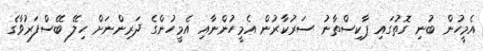
އެމީހުން ބުނި ގޮތުގައި ޕާކިސްތާނު ސަރުކާރުން އެމީހުންނާއި އެމީހުންގެ ދަރިންނަށް ހިލޭ ބޭސްފަރުވާގެ